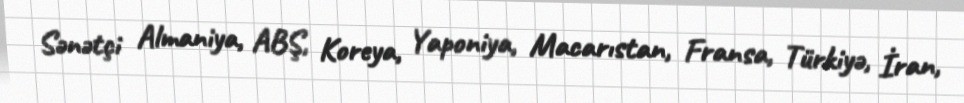
Sənətçi Almaniya, ABŞ, Koreya, Yaponiya, Macarıstan, Fransa, Türkiyə, İran,